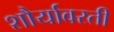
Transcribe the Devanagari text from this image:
शौर्यावरती